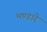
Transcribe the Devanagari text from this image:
भण्‍डारे